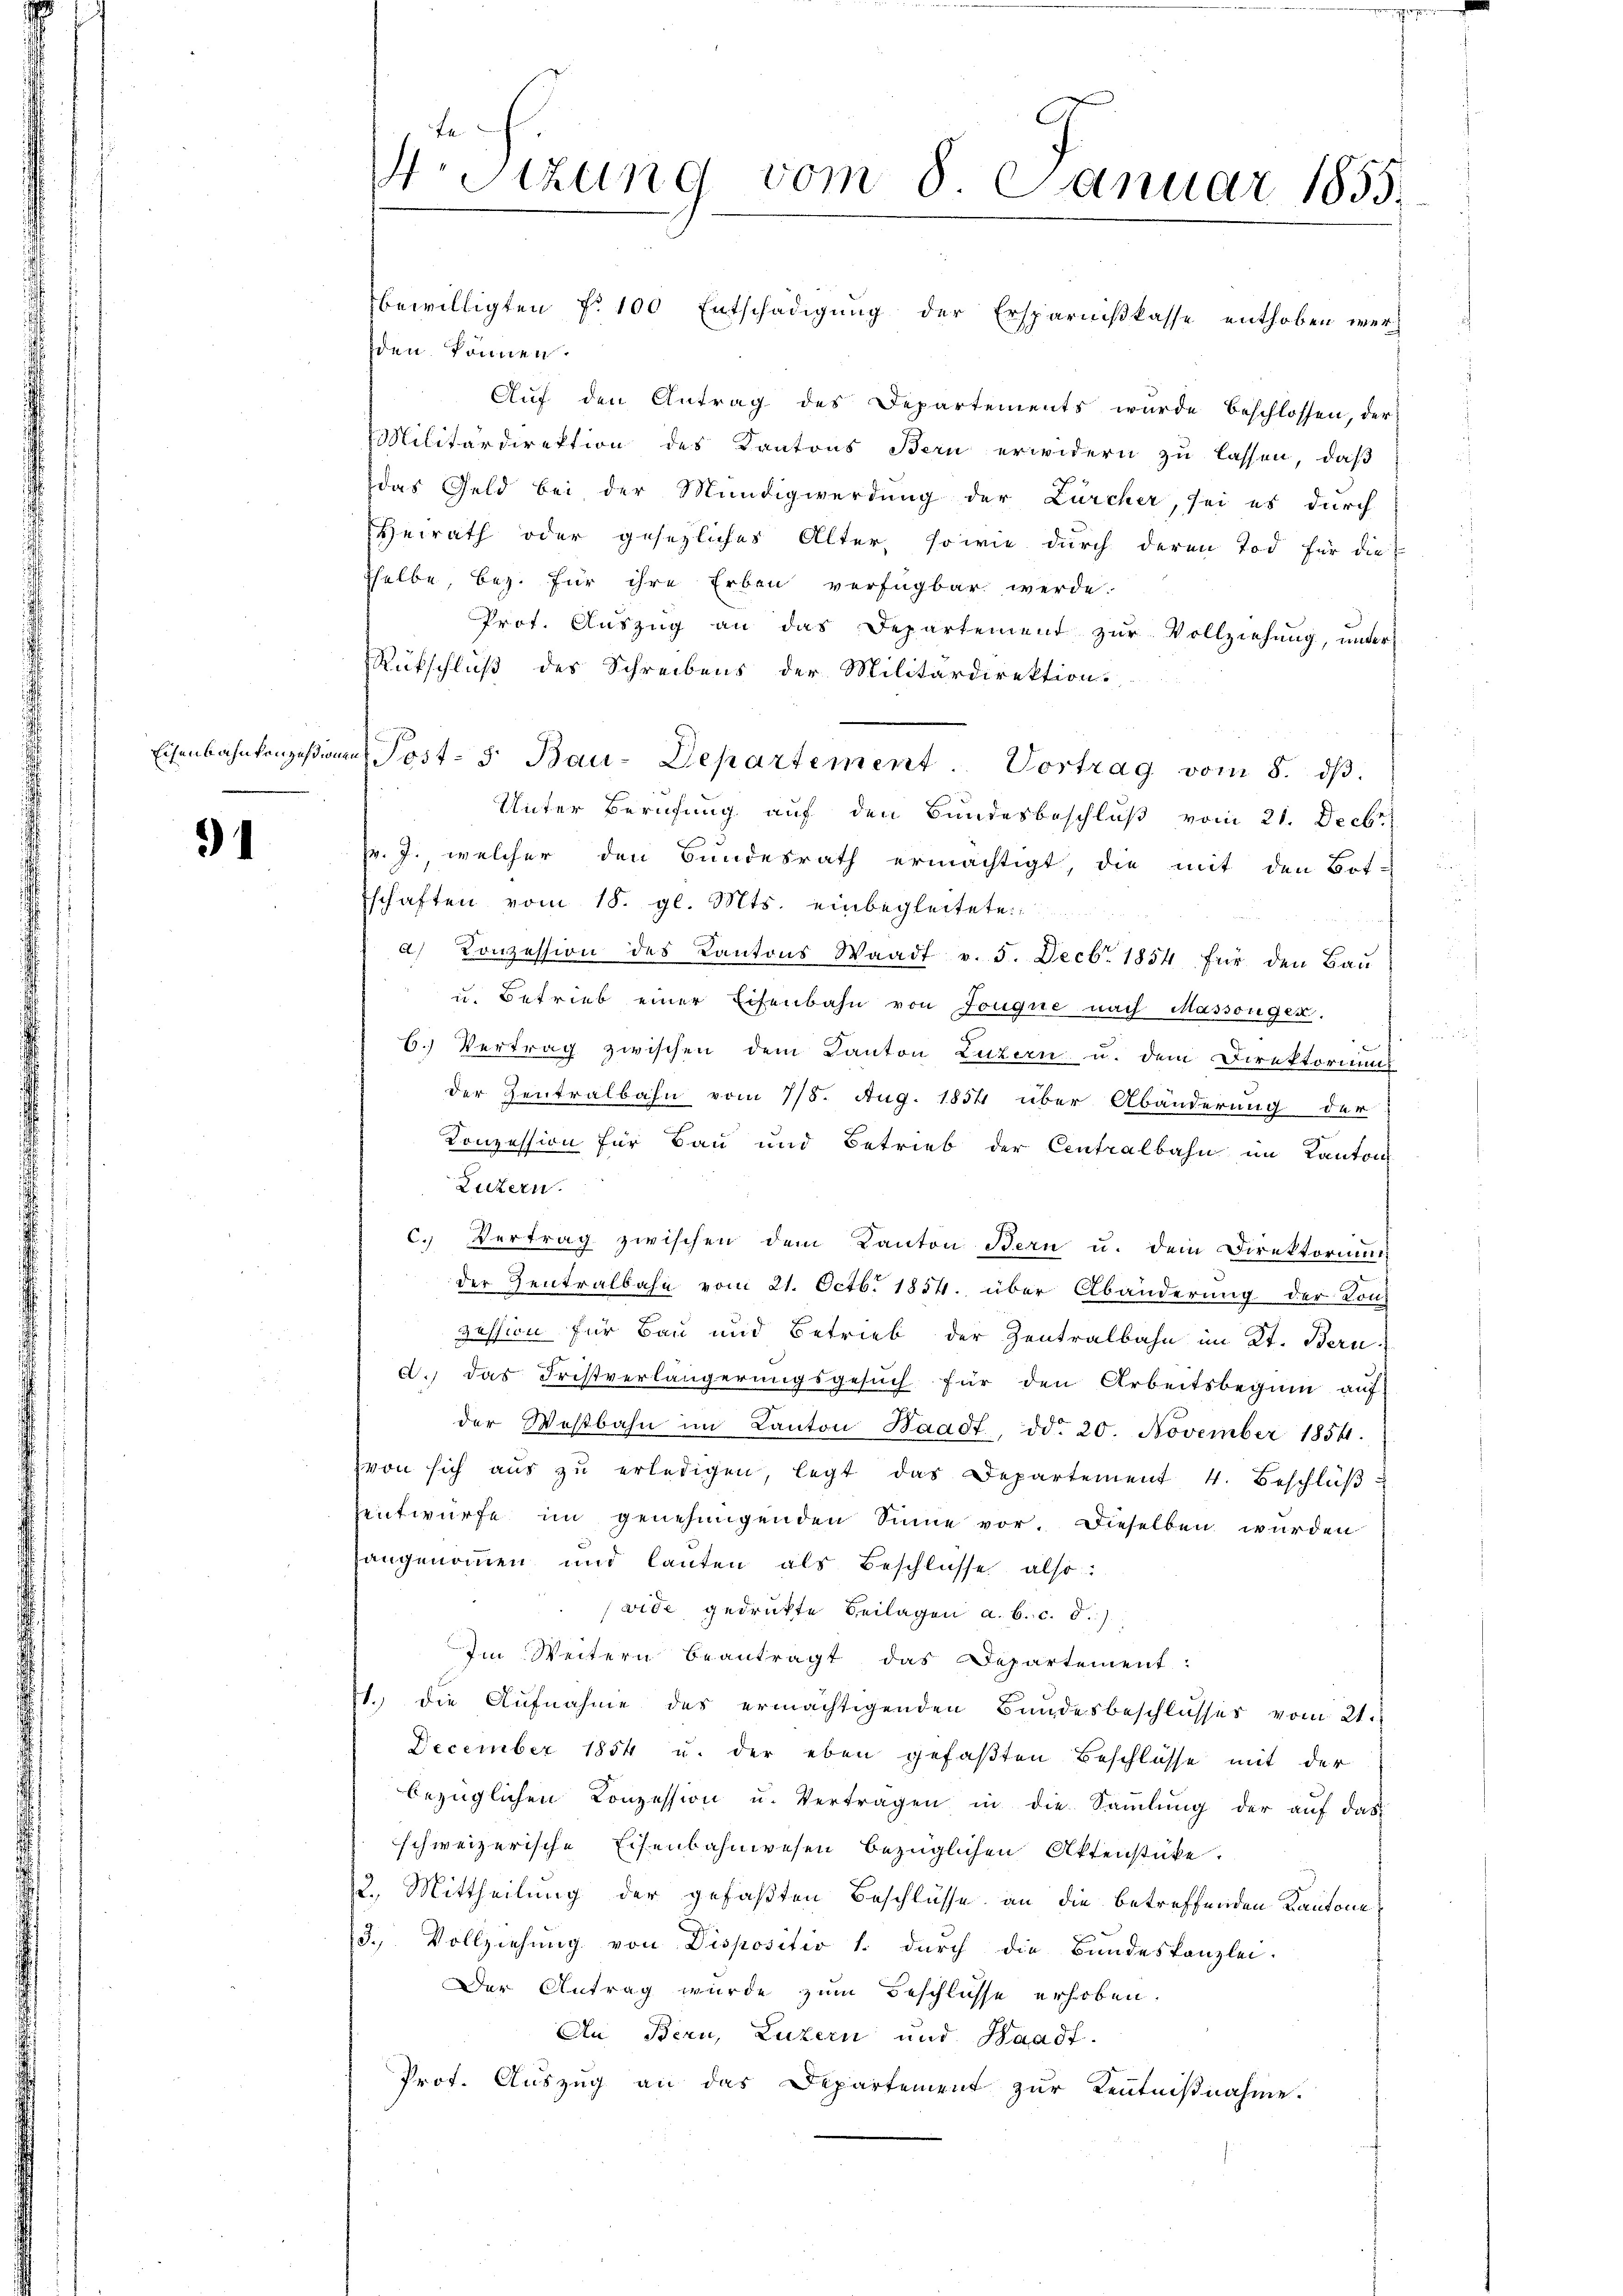
Eisenbahnkonzessionen

91

fe
Stzung vom § 2 anuar 1855.

den können.
Auf den Antrag des Departements wurde beschlossen, der
Militärdirektion des Kantons Bern erwidern zu lassen, daß
das Geld bei der Mundigerdung der Zürcher, sei es durch
Heirath oder gesetzliches Alter, sowie durch deren Tod für die
sselbe, bez. für ihre Erben verfügbar werde.
Prot. Auszug an das Departement zur Vollziehung, unter
Rückschluß des Schreibens der Militärdirektion.
Unter Berufung auf den Bundesbeschluß vom 21. Decbr.
pr. J., welcher den Bundesrath ermächtigt, die mit den Bot-
u
schaften vom 18. gl. Mts. einbegleitete
a) Konzession des Kantons Waadt v. 5. Decbr. 1854 für den Bau
u. Betrieb einer Eisenbahn von Jouque nach Massenger.
6.) Vertrag zwischen dem Kanton Luzern u. dem Direktoriums
der Zentralbahn vom 7/8. Aug. 1854 über Abänderung der
Konzession für Bau und Betrieb der Centralbahn im Kanton
Luzern.
c. Vertrag zwischen dem Kanton Bern u. dem Direktorium
der Zentralbahn vom 21. Octb. 1854. über Abänderung der Konz
zession für Bau und Betrieb der Zentralbahn im Kt. Bern
d.) das Fristverlängerungsgesuch für den Arbeitsbeginn auf
der Wostbahn im Kanton Waadt, ddo 20. November 18541.
von sich aŭs zŭ erledigen, legt das Departement 4. Beschlüβ
entwurfe im genehmigenden Sinne vor. Dieselben wurden
angenommen und lauten als Beschlüsse also:
vide gedrückte Beilagen a. b. c. d.)
Im Weitern beantragt das Departement:
1. die Aufnahme des ermächtigenden Bundesbeschlusses vom 21.
December 1854 u. der eben gefaßten Beschlüsse mit der
bezüglichen Conzession u. Vertragen in die Samlung der auf das
schweizerische Eisenbahnwesen bezüglichen Aktenstücke.
2. Mittheilung der gefaßten Beschlusse an die betreffenden Kantone
3. Vollziehung von Dispositio 1. durch die Bundeskanzlei-
Der Antrag wurde zum Beschlüsse erhoben.
An Bern, Luzern und Waadt.
Prot. Auszug an das Departement zur Kenntnißnahme.

bewilligten fr. 100 Entschädigung der Ersparnißkasse enthoben wer¬

Post- 5. Bau-Departement. Vortrag vom 8. dβ.

.